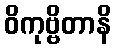
ဝိကုဗ္ဗိတာနိ